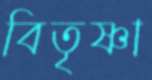
বিতৃষ্ণা